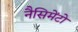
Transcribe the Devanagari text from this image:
नैसिमेंटो